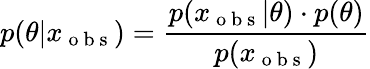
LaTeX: p(\theta|x_{\mathrm{~o~b~s~}})=\frac{p(x_{\mathrm{~o~b~s~}}|\theta)\cdot p(\theta)}{p(x_{\mathrm{~o~b~s~}})}